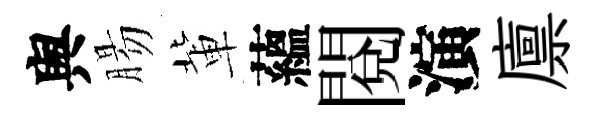
舆腸軰蘊閲演廪